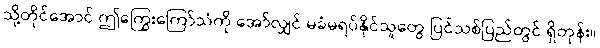
သို့တိုင်အောင် ဤကြွေးကြော်သံကို အော်လျှင် မခံမရပ်နိုင်သူတွေ ပြင်သစ်ပြည်တွင် ရှိတုန်း။